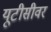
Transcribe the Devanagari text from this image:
यूटीसीवर